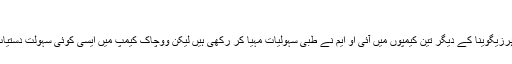
‘‘
بوسنیا ہرزیگوینا کے دیگر تین کیمپوں میں آئی او ایم نے طبی سہولیات مہیا کر رکھی ہیں لیکن ووچاک کیمپ میں ایسی کوئی سہولت دستیاب نہیں۔